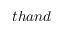
t h a n d